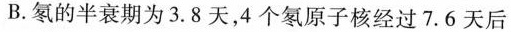
B.氡的半衰期为3.8天，4个氡原子核经过7.6天后